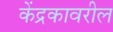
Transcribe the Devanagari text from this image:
केंद्रकावरील